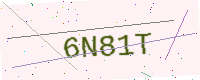
Text: 6N81T